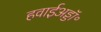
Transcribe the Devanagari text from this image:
हवाईअड्डॉ॰